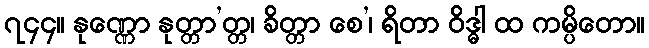
၇၄၄။ နုဏ္ဏော နုတ္တာ’တ္တ၊ ခိတ္တာ စေ’၊ ရိတာ ဝိဒ္ဓါ ထ ကမ္ပိတော။